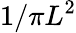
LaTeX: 1/\pi L^{2}